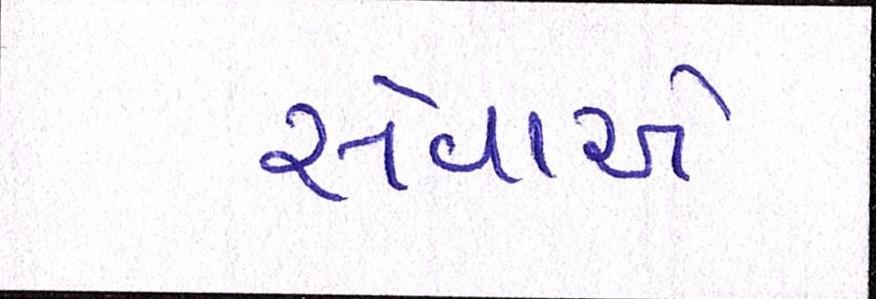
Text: સેવાઓ